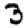
Digit: 3